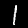
Digit: 1